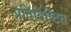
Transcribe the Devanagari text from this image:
प्रतिदिष्टित